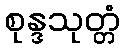
စုန္ဒသုတ္တံ